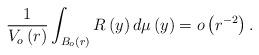
LaTeX: \begin{align*}\frac{1}{V_{o}\left( r\right) }\int_{B_{o}\left( r\right) }R\left( y\right)d\mu \left( y\right) =o\left( r^{-2}\right) . \end{align*}